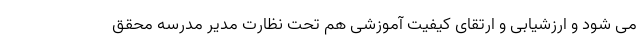
می شود و ارزشیابی و ارتقای کیفیت آموزشی هم تحت نظارت مدیر مدرسه محقق